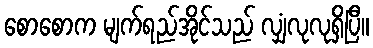
စောစောက မျက်ရည်အိုင်သည် လျှံလုလုရှိပြီ။